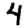
Digit: 4